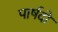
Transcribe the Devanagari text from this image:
पार्षदो